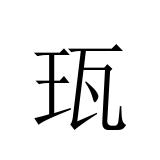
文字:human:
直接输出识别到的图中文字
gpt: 珁